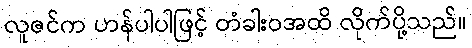
လူဇင်က ဟန်ပါပါဖြင့် တံခါးဝအထိ လိုက်ပို့သည်။